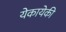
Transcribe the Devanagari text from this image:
येकायेकी